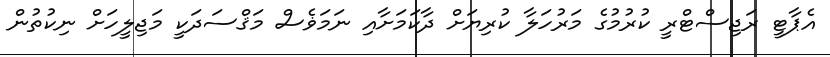
އެޕާޓީ ރަޖިސްޓްރީ ކުރުމުގެ މަރުހަލާ ކުރިޔަށް ދާކަމަށާއި ނަމަޥެސް މަޤްސަދަކީ މަޖިލީހަށް ނިކުތުން